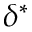
\delta ^ { * }